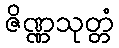
ဇိဏ္ဏသုတ္တံ